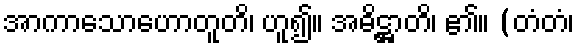
အာကာသောဟောတူတိ၊ ဟူ၍။ အဓိဋ္ဌာတိ၊ ၏။ (တံတံ၊